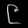
Digit: ၉